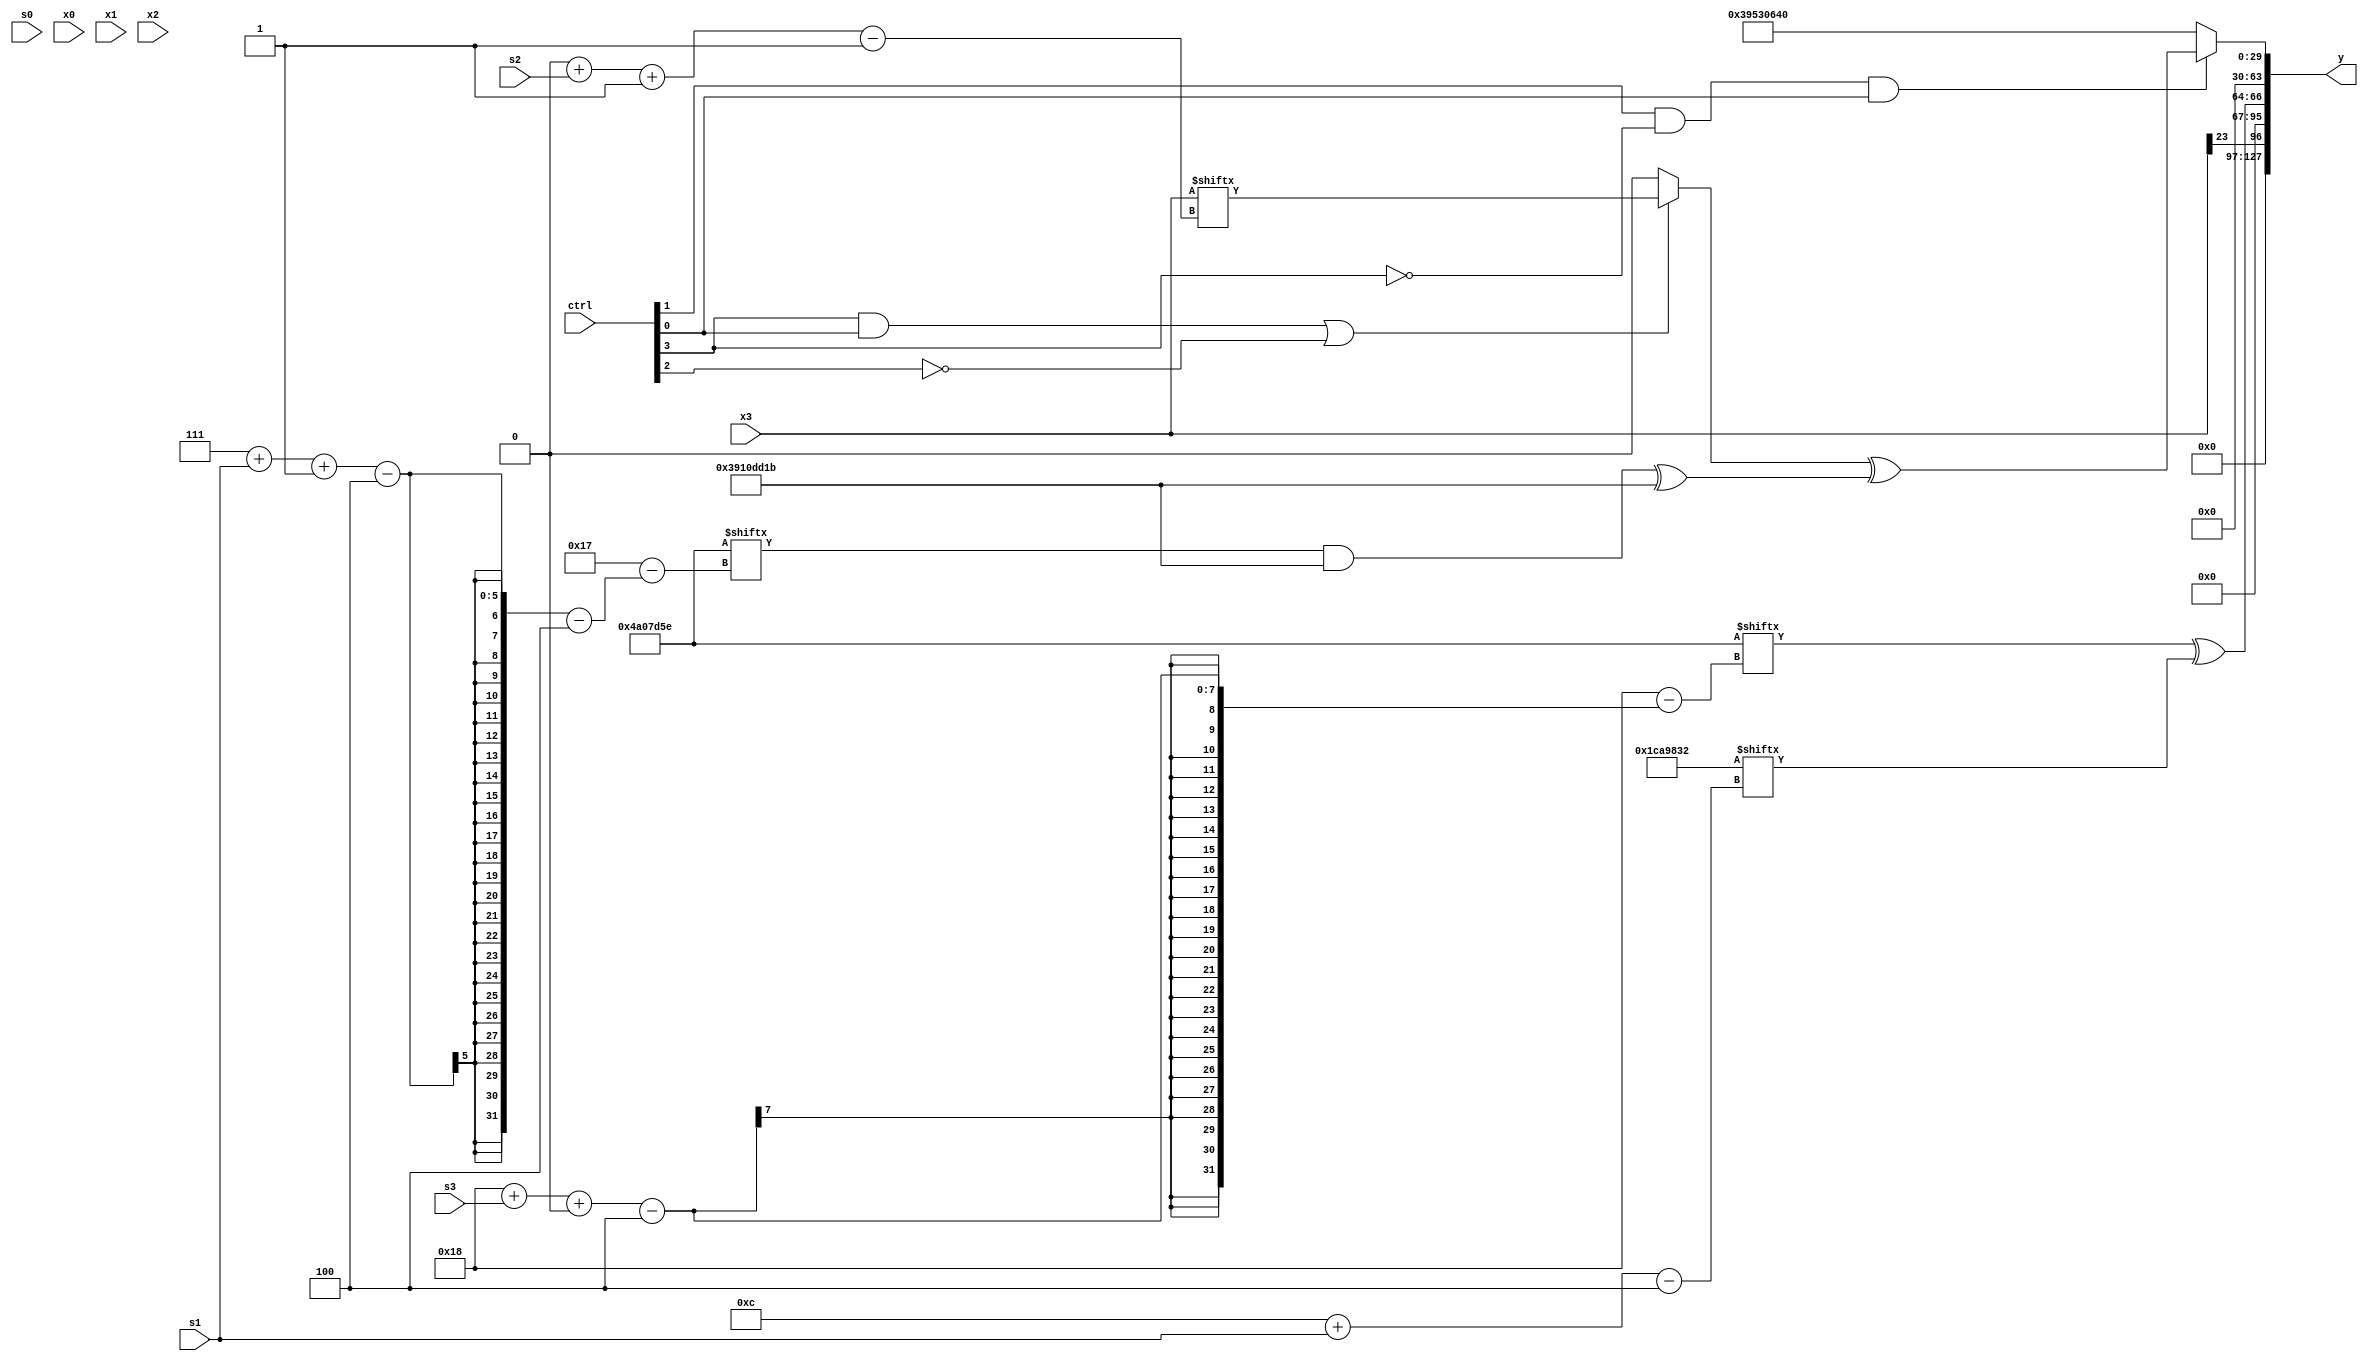
module partsel_00858(ctrl, s0, s1, s2, s3, x0, x1, x2, x3, y);
  input [3:0] ctrl;
  input [2:0] s0;
  input [2:0] s1;
  input [2:0] s2;
  input [2:0] s3;
  input signed [31:0] x0;
  input [31:0] x1;
  input signed [31:0] x2;
  input signed [31:0] x3;
  wire [0:31] x4;
  wire [1:29] x5;
  wire signed [29:6] x6;
  wire [30:2] x7;
  wire signed [1:24] x8;
  wire signed [5:27] x9;
  wire [5:26] x10;
  wire signed [25:3] x11;
  wire [0:30] x12;
  wire [25:2] x13;
  wire [31:2] x14;
  wire signed [0:26] x15;
  output [127:0] y;
  wire [31:0] y0;
  wire signed [31:0] y1;
  wire signed [31:0] y2;
  wire signed [31:0] y3;
  assign y = {y0,y1,y2,y3};
  localparam signed [25:3] p0 = 296763313;
  localparam [4:30] p1 = 614497630;
  localparam signed [29:4] p2 = 499816498;
  localparam signed [0:29] p3 = 957406491;
  assign x4 = {{2{({x2, (x0 - p1[14 + s2 +: 6])} & {x1[19 + s0 -: 7], {2{x2[15 +: 2]}}})}}, x1[9]};
  assign x5 = {2{x2}};
  assign x6 = x1[22 + s0 -: 3];
  assign x7 = p2[19];
  assign x8 = x3[19];
  assign x9 = (p3[18 -: 1] - (ctrl[3] && ctrl[3] || ctrl[1] ? x6 : x6[9 + s1]));
  assign x10 = x6[19 -: 4];
  assign x11 = p0;
  assign x12 = x10[20 -: 4];
  assign x13 = p1[15 + s1];
  assign x14 = (!ctrl[0] || !ctrl[3] && !ctrl[1] ? p2 : (x8[23] + ({(x3[11 + s0] - x2[11 + s3]), (ctrl[3] && !ctrl[0] && ctrl[3] ? x3[17 + s1 -: 1] : p1[31 + s3 -: 6])} - {(x12[7 + s1 -: 4] + (p0[17 -: 1] & p1[9 +: 2])), {x4[13 -: 4], p3[13 -: 1]}})));
  assign x15 = p2[11 + s0];
  assign y0 = x3[23];
  assign y1 = (p1[24 + s3 +: 3] ^ p2[12 + s1]);
  assign y2 = p1[12 +: 1];
  assign y3 = (ctrl[1] && !ctrl[3] && ctrl[0] ? ((ctrl[3] && ctrl[0] || !ctrl[2] ? x3[0 + s2 -: 1] : x10[19 -: 2]) ^ ((ctrl[3] && !ctrl[3] && ctrl[1] ? x10[19 + s3] : (p1[7 + s1 -: 4] & p3)) ^ p3)) : {p2, ({2{x6[15 -: 1]}} ^ ({p3[8 +: 2], p0[13 +: 3]} & p2[13]))});
endmodule